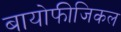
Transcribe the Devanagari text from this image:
बायोफीजिकल